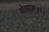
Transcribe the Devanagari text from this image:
जेत्याला॥१॥